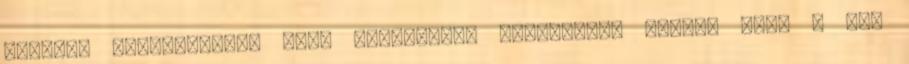
mondtak mindazoknak, akik segítséget nyújtottak ahhoz, hogy a bál